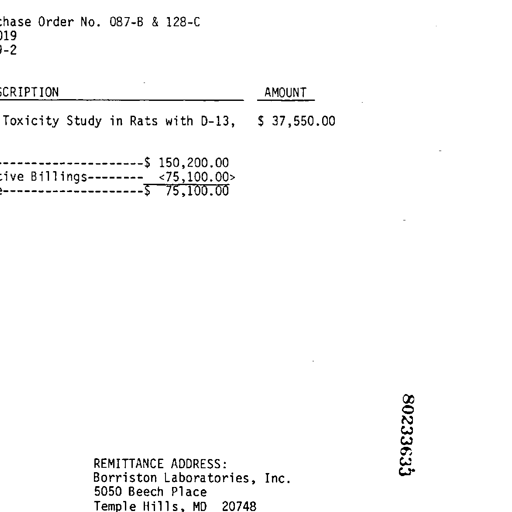
Purchase Order No. 087-B & 128-C
019
9-2

SCRIPTION AMOUNT
Toxicity Study in Rats with D-13 $ 37,550.00

------------------------$ 150,200.00
ive Billings--------- <75,100.00>
e-----------------------$ 75,100.00

80233635

REMITTANCE ADDRESS:
Borriston Laboratories, Inc.
5050 Beech Place
Temple Hills, MD 20748